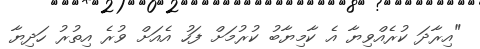
"އިރާދަ ކުރެއްވިޔާ އެ ކާމިޔާބު ކުރުމަށް ފަހު އެއަށް ވުރެ އިތުރު ހަދިޔާ